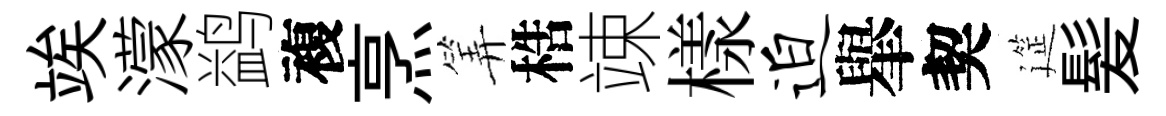
竢濛鹢複烹筭梏竦樣迫𦦙契筵髪